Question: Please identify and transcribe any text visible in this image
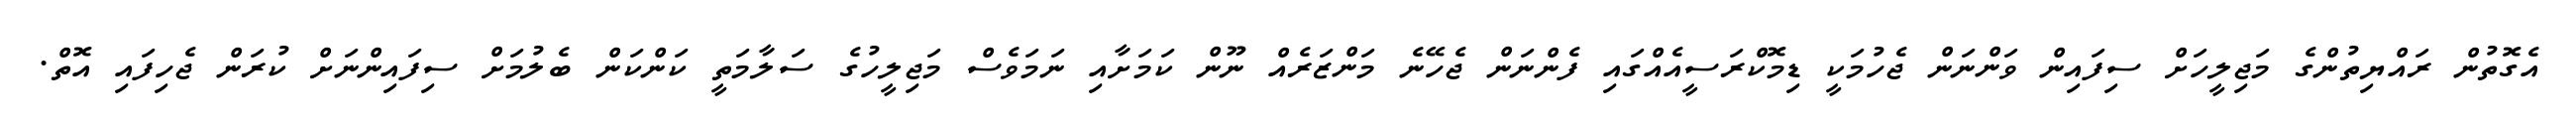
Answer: އެގޮތުން ރައްޔިތުންގެ މަޖިލީހަށް ސިފައިން ވަންނަން ޖެހުމަކީ ޑިމޮކްރަސީއެއްގައި ފެންނަން ޖެހޭނެ މަންޒަރެއް ނޫން ކަމަށާއި ނަމަވެސް މަޖިލީހުގެ ސަލާމަތީ ކަންކަން ބެލުމަށް ސިފައިންނަށް ކުރަން ޖެހިފައި އޮތް.